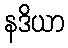
နဒိယာ